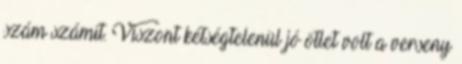
szám számít. Viszont kétségtelenül jó ötlet volt a verseny